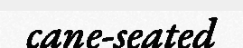
cane-seated